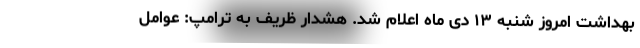
بهداشت امروز شنبه ۱۳ دی ماه اعلام شد. هشدار ظریف به ترامپ: عوامل